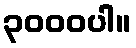
၃၀၀၀ပါ။